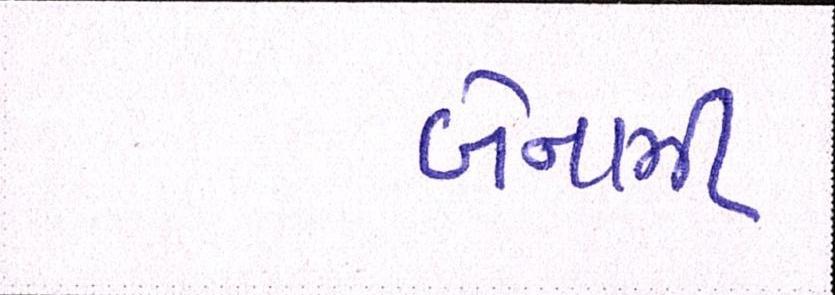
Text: બેનામી